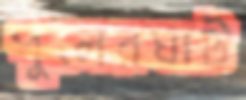
পুলেরঘাট